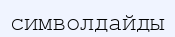
символдайды